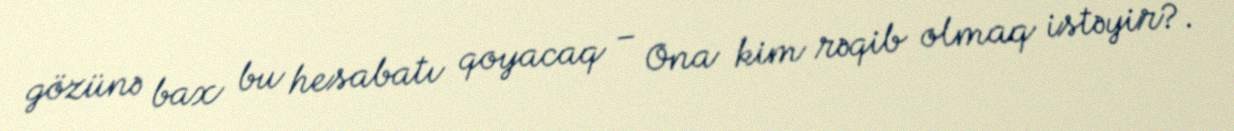
gözünə bax bu hesabatı qoyacaq – Ona kim rəqib olmaq istəyir?.